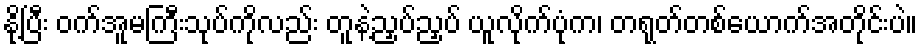
နို့ပြီး ဝက်အူမကြီးသုပ်ကိုလည်း တူနဲ့ညှပ်ညှပ် ယူလိုက်ပုံက၊ တရုတ်တစ်ယောက်အတိုင်းပဲ။